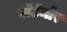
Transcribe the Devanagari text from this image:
बॉटॅमोर